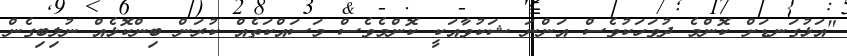
"އަޅުގަނޑަށް ކޮންމެ ދުވަހަކުވެސް އަންނަ ޝަކުވާއަކީ ކޮންމެވެސް މަސައްކަތެއް ކުރަން ބިންކޮޅެއް ނުލިބިގެން